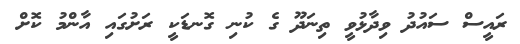
ރައީސް ސައުދު ވިދާޅުވީ ތިނަދޫ ގެ ކުނި ގޮނޑަކީ ރަށުގައި އާންމު ކޮށް